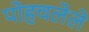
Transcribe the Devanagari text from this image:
पोहचलेले